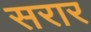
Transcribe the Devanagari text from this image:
सरार